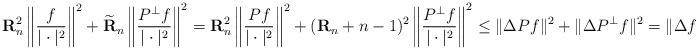
LaTeX: \begin{align*}\mathbf{R}_n^2\left\|\frac{f}{|\cdot|^2}\right\|^2+\widetilde{\mathbf{R}}_n\left\|\frac{P^{\perp}f}{|\cdot|^2}\right\|^2 =\mathbf{R}_n^2\left\|\frac{Pf}{|\cdot|^2}\right\|^2+(\mathbf{R}_n + n-1)^2\left\|\frac{P^{\perp}f}{|\cdot|^2}\right\|^2 \le\|\Delta Pf\|^2+\|\Delta P^{\perp}f\|^2=\|\Delta f\|^2.\end{align*}